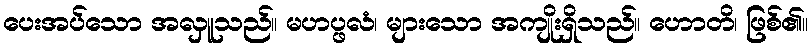
ပေးအပ်သော အလှူသည်။ မဟပ္ဖလံ၊ များသော အကျိုးရှိသည်။ ဟောတိ၊ ဖြစ်၏။